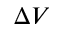
\Delta V